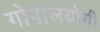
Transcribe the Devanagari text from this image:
गोपालयोगी